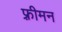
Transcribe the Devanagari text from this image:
फ़्रीमन